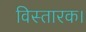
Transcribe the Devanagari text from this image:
विस्तारक।